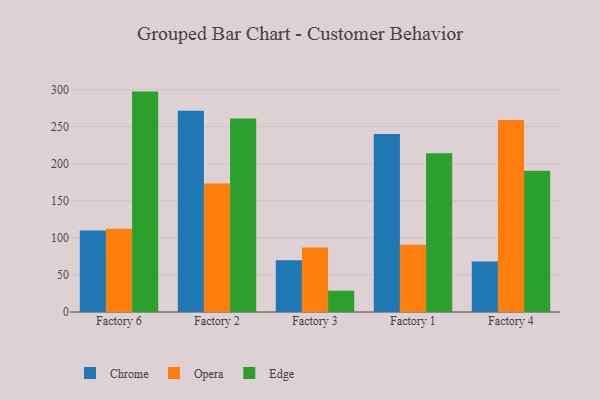
{"axis": {"x": "Factory", "y": "Bounce Rate (%)"}, "legend": ["Chrome", "Edge", "Opera"], "data": [{"x": "Factory 6", "y": 109.8, "type": "Chrome"}, {"x": "Factory 6", "y": 112.3, "type": "Opera"}, {"x": "Factory 6", "y": 297.3, "type": "Edge"}, {"x": "Factory 2", "y": 271.3, "type": "Chrome"}, {"x": "Factory 2", "y": 173.2, "type": "Opera"}, {"x": "Factory 2", "y": 261.0, "type": "Edge"}, {"x": "Factory 3", "y": 69.8, "type": "Chrome"}, {"x": "Factory 3", "y": 87.0, "type": "Opera"}, {"x": "Factory 3", "y": 28.8, "type": "Edge"}, {"x": "Factory 1", "y": 240.2, "type": "Chrome"}, {"x": "Factory 1", "y": 90.7, "type": "Opera"}, {"x": "Factory 1", "y": 214.2, "type": "Edge"}, {"x": "Factory 4", "y": 68.2, "type": "Chrome"}, {"x": "Factory 4", "y": 259.1, "type": "Opera"}, {"x": "Factory 4", "y": 190.7, "type": "Edge"}]}